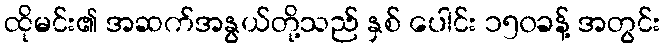
ထိုမင်း၏ အဆက်အနွယ်တို့သည် နှစ် ပေါင်း ၁၅၀ခန့် အတွင်း